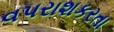
વપરાશકરતા